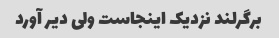
برگرلند نزدیک اینجاست ولی دیر آورد